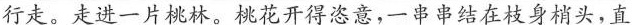
行走。走进一片桃林。桃花开得恣意，一串串结在枝身梢头，直